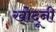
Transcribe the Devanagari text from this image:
खोदूनी